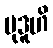
မုဒူဟိ